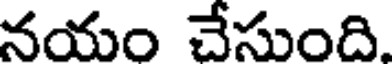
నయం చేసుంది.